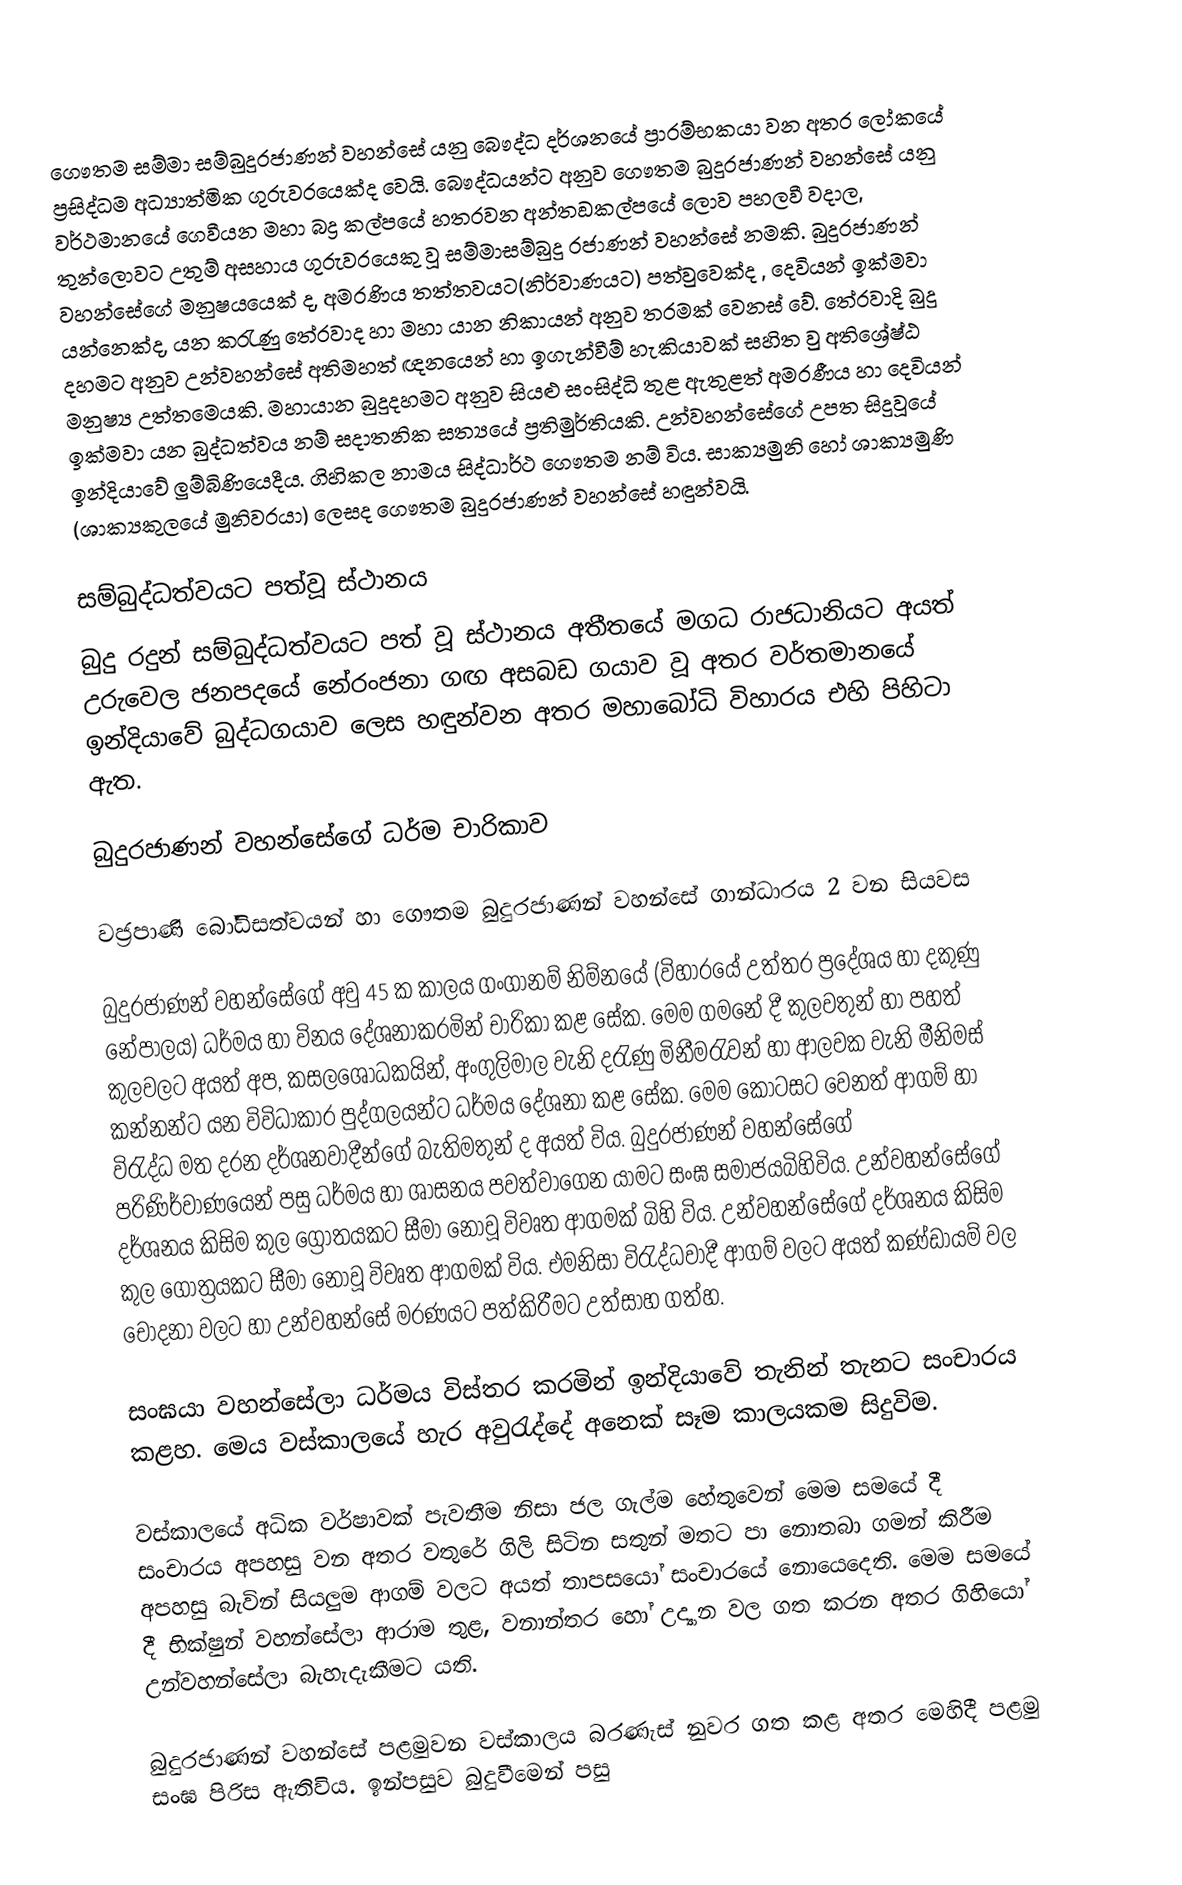
ගෞතම සම්මා සම්බුදුරජාණන් වහන්සේ යනු බෞද්ධ දර්ශනයේ ප්‍රාරම්භකයා වන අතර ලෝකයේ ප්‍රසිද්ධම අධ්‍යාත්මික ගුරුවරයෙක්ද වෙයි. බෞද්ධයන්ට අනුව ගෞතම බුදුරජාණන් වහන්සේ යනු වර්ථමානයේ ගෙවීයන මහා බද්‍ර කල්පයේ හතරවන අන්තඞකල්පයේ ලොව පහලවී වදාල, තුන්ලොවට උතුම් අසහාය ගුරුවරයෙකු වූ සම්මාසම්බුදු රජාණන් වහන්සේ නමකි. බුදුරජාණන් වහන්සේගේ මනුෂ‍්‍යයෙක් ද, අමරණිය තත්තවයට(නිර්වාණයට) පත්වුවෙක්ද , දෙවියන් ඉක්මවා යන්නෙක්ද, යන කරැණු තේරවාද හා මහා යාන නිකායන් අනුව තරමක් වෙනස් වේ. තේරවාදි බුදු දහමට අනුව උන්වහන්සේ අතිමහත් ඥනයෙන් හා ඉගැන්වීම් හැකියාවක් සහිත වු අතිශ්‍රේෂ්ඨ මනුෂ්‍ය උත්තමෙයකි. මහායාන බුදුදහමට අනුව සියළු සංසිද්ධි තුළ ඇතුළත් අමරණීය හා දෙවියන් ඉක්මවා යන බුද්ධත්වය නම් සදාතනික සත්‍යයේ ප්‍රතිමුර්තියකි. උන්වහන්සේගේ උපත සිදුවූයේ ඉන්දියාවේ ලුම්බිණියෙදීය. ගිහිකල නාමය සිද්ධාර්ථ ගෞතම නම් විය. සාක්‍යමුනි හෝ ශාක්‍යමුණි (ශාක්‍යකුලයේ මුනිවරයා) ලෙසද ගෞතම බුදුරජාණන් වහන්සේ හඳුන්වයි.

සම්බුද්ධත්වයට පත්වූ ස්ථානය
බුදු රදුන් සම්බුද්ධත්වයට පත් වූ ස්ථානය අතීතයේ මගධ රාජධානියට අයත් උරුවෙල ජනපදයේ නේරංජනා ගඟ අසබඩ ගයාව වූ අතර වර්තමානයේ ඉන්දියාවේ බුද්ධගයාව ලෙස හඳුන්වන අතර මහාබෝධි විහාරය එහි පිහිටා ඇත.

බුදුරජාණන් වහන්සේගේ ධර්ම චාරිකාව

වජ්‍රපාණි බෝධිසත්වයන් හා ගෞතම බුදුරජාණන් වහන්සේ ගාන්ධාරය 2 වන සියවස

බුදුරජාණන් වහන්සේගේ අවු 45 ක කාලය ගංගානම් නිම්නයේ (විහාරයේ උත්තර ප්‍රදේශය හා දකුණු නේපාලය) ධර්මය හා විනය දේශනාකරමින් චාරිකා කළ සේක.  මෙම ගමනේ දී කුලවතුන් හා පහත් කුලවලට අයත් අප, කසලශෝධකයින්, අංගුලිමාල වැනි දරැණු මිනීමරැවන් හා ආලවක වැනි මීනිමස් කන්නන්ට යන විවිධාකාර පුද්ගලයන්ට ධර්මය දේශනා කළ සේක. මෙම කොටසට වෙනත් ආගම් හා විරැද්ධ මත  දරන දර්ශනවාදීන්ගේ බැතිමතුන් ද අයත් විය. බුදුරජාණන් වහන්සේගේ පරිණිර්වාණයෙන් පසු ධර්මය හා ශාසනය පවත්වාගෙන යාමට සංඝ සමාජයබිහිවිය. උන්වහන්සේගේ දර්ශනය කිසිම කුල ග්‍රෝතයකට සීමා ‍නොවූ විවෘත ආගමක් බිහි විය. උන්වහන්සේගේ දර්ශනය කිසිම කුල ගෝත්‍රයකට සීමා නොවූ විවෘත ආගමක් විය. එමනිසා විරැද්ධවාදී ආගම් වලට අයත් කණ්ඩායම් වල චෝදනා වලට හා උන්වහන්සේ මරණයට පත්කිරීමට උත්සාහ ගත්හ.

සංඝයා වහන්සේලා ධර්මය විස්තර කරමින් ඉන්දියාවේ තැනින් තැනට සංචාරය කළහ. මෙය වස්කාලයේ හැර අවුරැද්දේ අනෙක් සෑම කාලයකම සිදුවිම.

වස්කාලයේ අධික වර්ෂාවක් පැවතීම නිසා ජල ගැල්ම හේතුවෙන් මෙම සමයේ දී සංචාරය අපහසු වන අතර වතුරේ ගිලි සිටින සතුන් මතට පා ‍නොතබා ගමන් කිරීම  අපහසු බැවින් සියලුම ආගම් වලට අයත් තාපසයෝ සංචාරයේ නොයෙදෙති. මෙම සමයේ දී භික්ෂුන් වහන්සේලා ආරාම තුළ, වනාන්තර හෝ උද්‍යාන වල ගත කරන අතර ගිහියෝ උන්වහන්සේලා බැහැදැකීමට යති.

බුදුරජාණන් වහන්සේ පළමුවන වස්කාලය බරණැස් නුවර ගත කළ අතර මෙහිදී පළමු සංඝ පිරිස ඇතිවිය.  ඉන්පසුව බුදුවීමෙන්  පසු